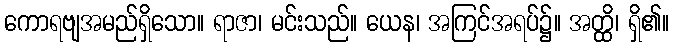
ကောရဗျအမည်ရှိသော။ ရာဇာ၊ မင်းသည်။ ယေန၊ အကြင်အရပ်၌။ အတ္ထိ၊ ရှိ၏။